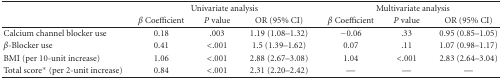
<table><thead><tr><td></td><td colspan="3"><b>Univariate analysis</b></td><td colspan="3"><b>Multivariate analysis</b></td></tr><tr><td></td><td><b><i>β</i> Coefficient</b></td><td><b><i>P</i> value</b></td><td><b>OR (95% CI)</b></td><td><b><i>β</i> Coefficient</b></td><td><b><i>P</i> value</b></td><td><b>OR (95% CI) </b></td></tr></thead><tbody><tr><td>Calcium channel blocker use</td><td>0.18</td><td>.003</td><td>1.19 (1.08–1.32)</td><td>−0.06</td><td>.33</td><td>0.95 (0.85–1.05)</td></tr><tr><td><i>β</i>-Blocker use</td><td>0.41</td><td> &lt;.001</td><td>1.5 (1.39–1.62)</td><td>0.07</td><td>.11</td><td>1.07 (0.98–1.17)</td></tr><tr><td>BMI (per 10-unit increase)</td><td>1.06</td><td> &lt;.001</td><td>2.88 (2.67–3.08)</td><td>1.04</td><td>&lt;.001</td><td>2.83 (2.64–3.04)</td></tr><tr><td>Total score* (per 2-unit increase)</td><td>0.84</td><td> &lt;.001</td><td>2.31 (2.20–2.42)</td><td>—</td><td>—</td><td>—</td></tr></tbody></table>